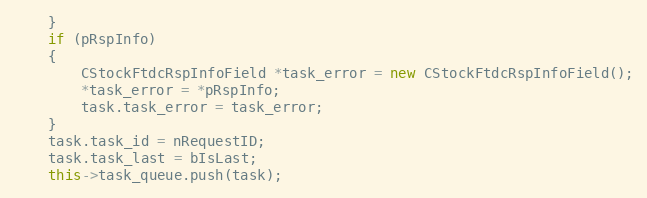
Language: C++
	}
	if (pRspInfo)
	{
		CStockFtdcRspInfoField *task_error = new CStockFtdcRspInfoField();
		*task_error = *pRspInfo;
		task.task_error = task_error;
	}
	task.task_id = nRequestID;
	task.task_last = bIsLast;
	this->task_queue.push(task);